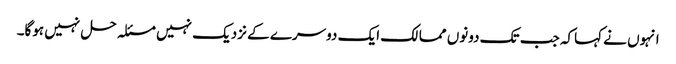
انہوں نے کہاکہ جب تک دونوں ممالک ایک دوسرے کے نزدیک نہیں مسئلہ حل نہیں ہوگا۔